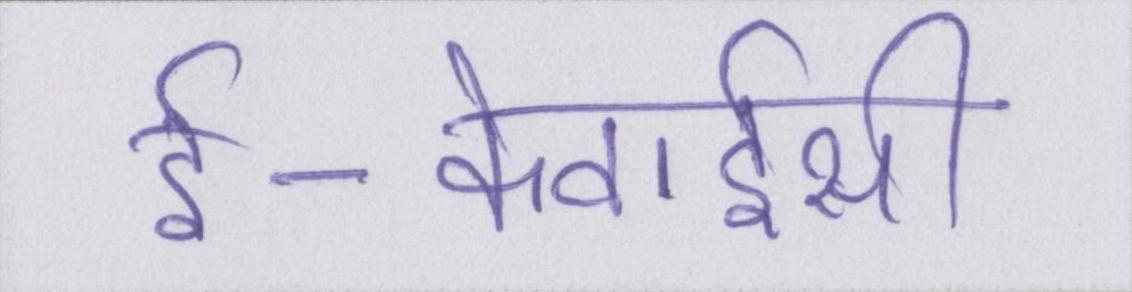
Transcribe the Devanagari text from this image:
ई-केवाईसी